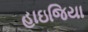
હાઇજિયા